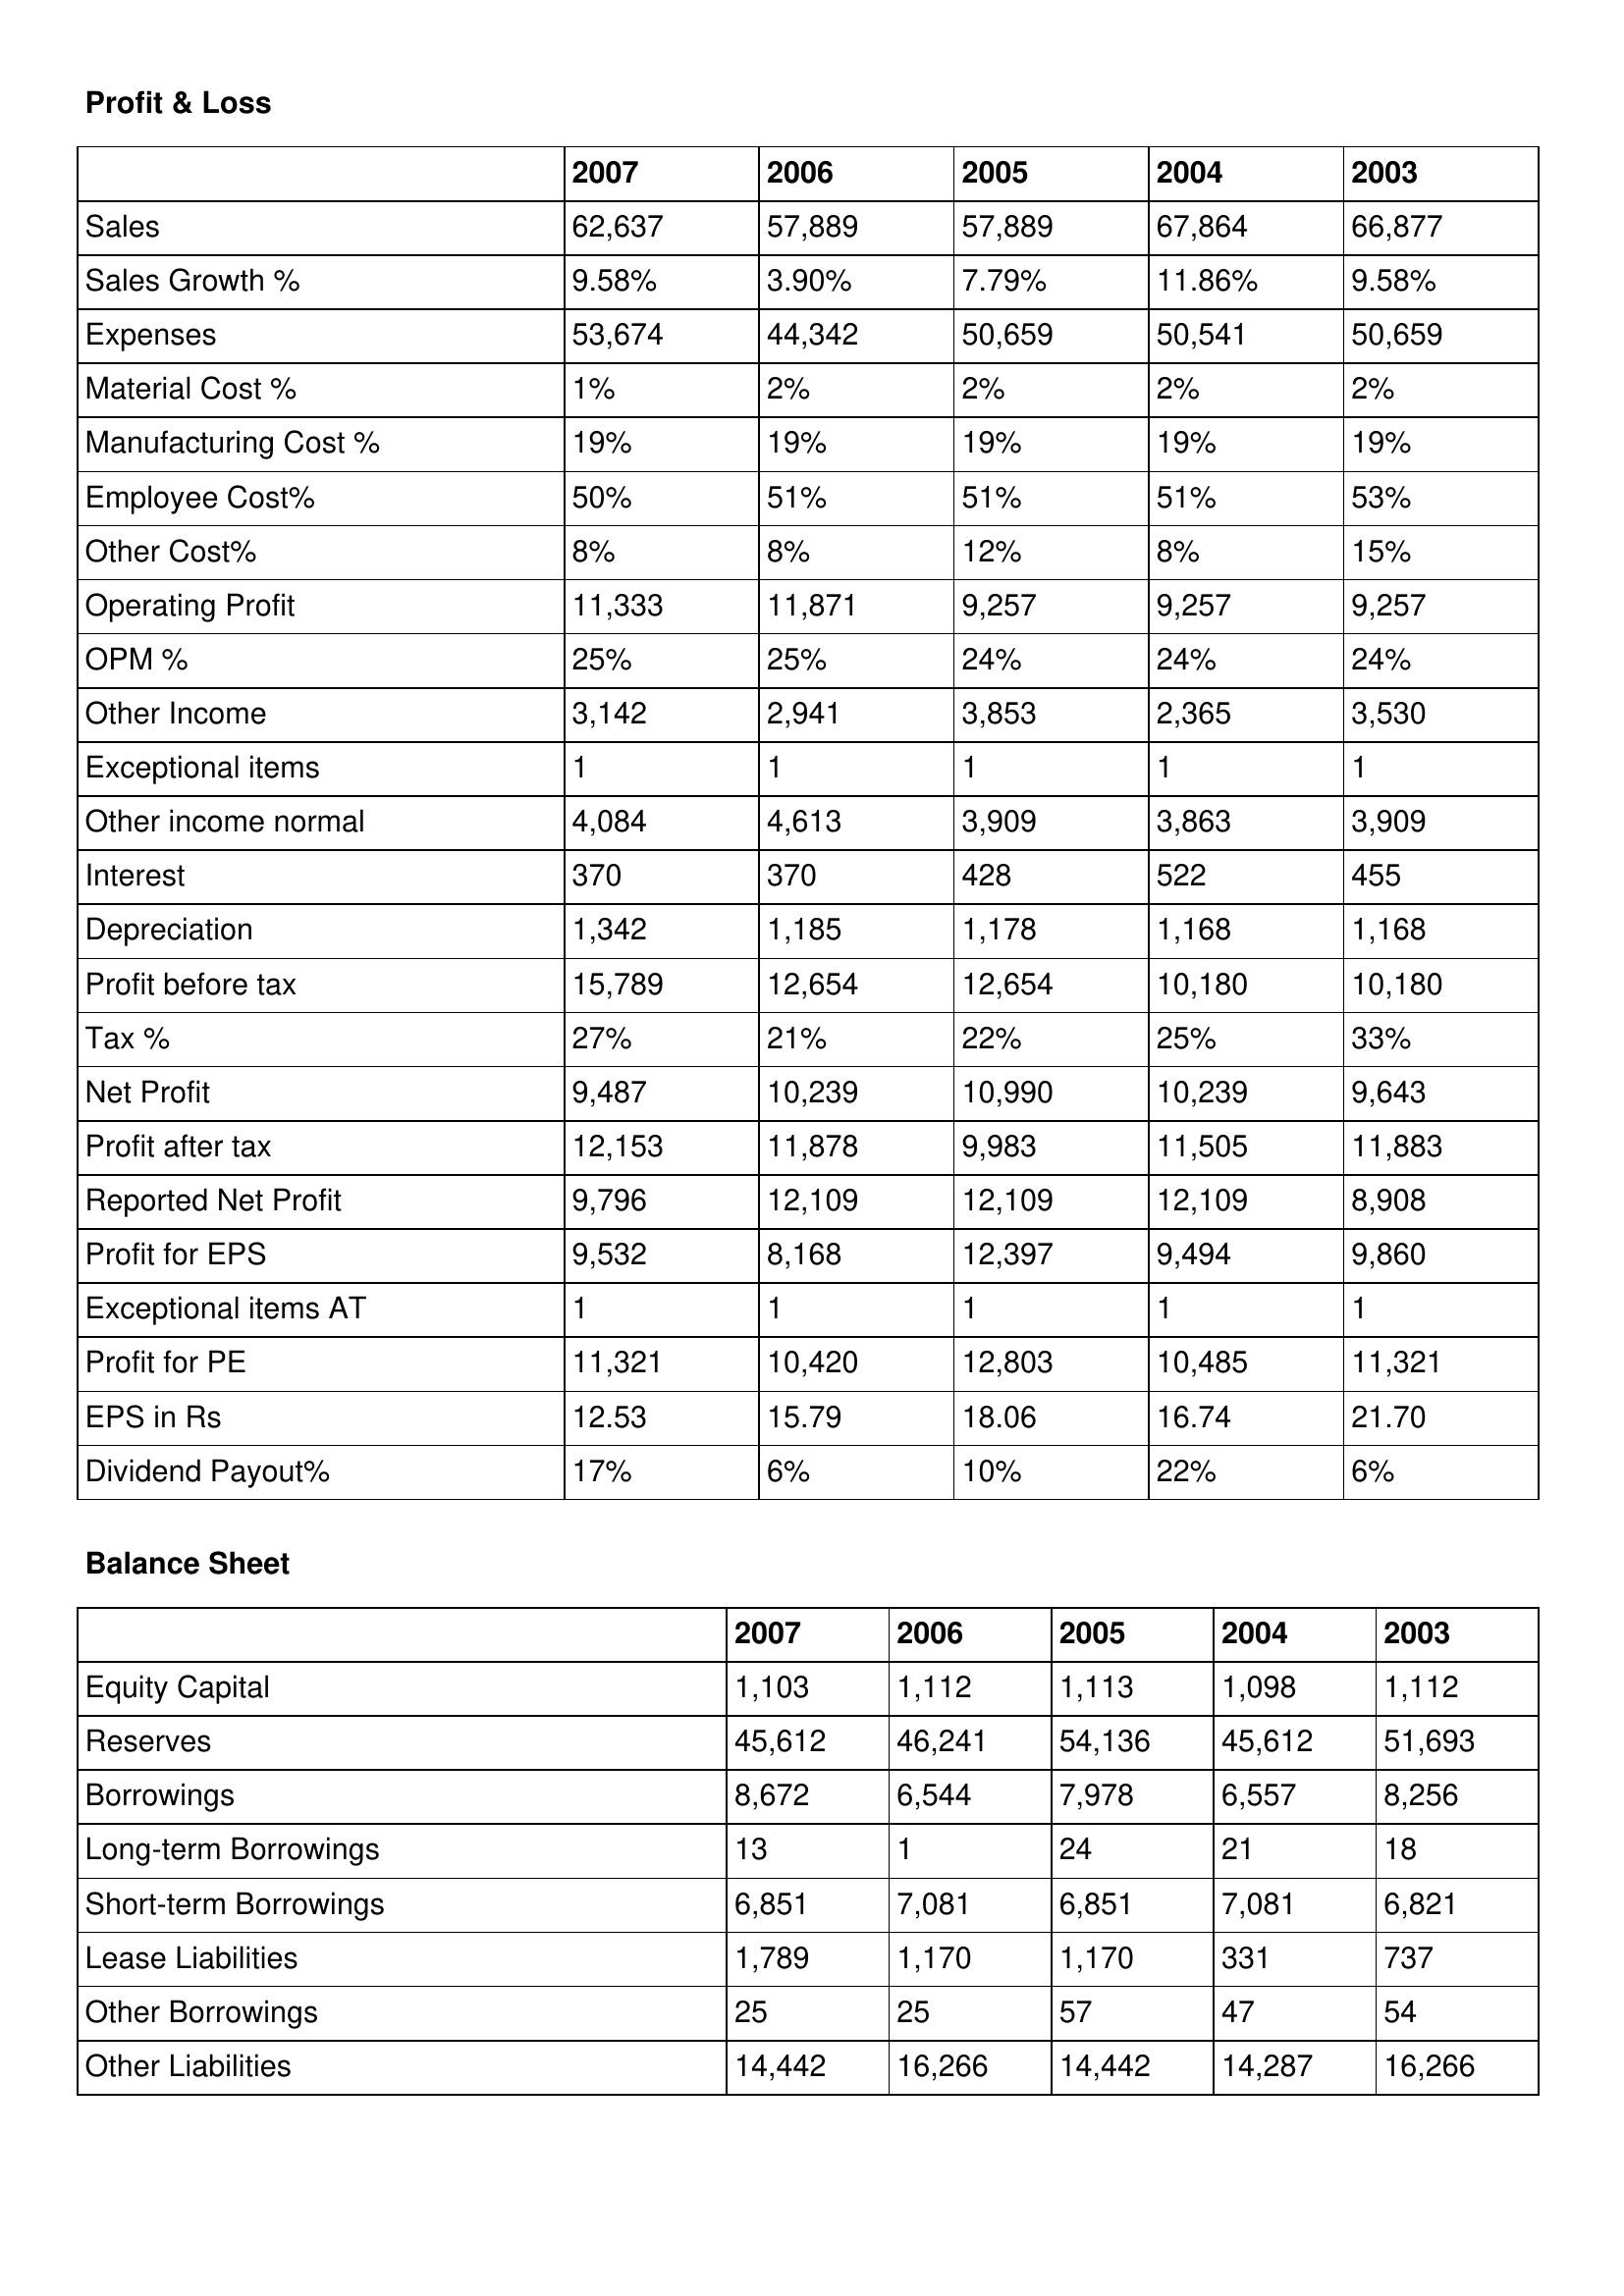
gt_parse: 2007: Profit & Loss: Sales: 62,637
Sales Growth %: 9.58%
Expenses: 53,674
Material Cost %: 1%
Manufacturing Cost %: 19%
Employee Cost%: 50%
Other Cost%: 8%
Operating Profit: 11,333
OPM %: 25%
Other Income: 3,142
Exceptional items: 1
Other income normal: 4,084
Interest: 370
Depreciation: 1,342
Profit before tax: 15,789
Tax %: 27%
Net Profit: 9,487
Profit after tax: 12,153
Reported Net Profit: 9,796
Profit for EPS: 9,532
Exceptional items AT: 1
Profit for PE: 11,321
EPS in Rs: 12.53
Dividend Payout%: 17%
Balance Sheet: Equity Capital: 1,103
Reserves: 45,612
Borrowings: 8,672
Long-term Borrowings: 13
Short-term Borrowings: 6,851
Lease Liabilities: 1,789
Other Borrowings: 25
Other Liabilities: 14,442
2006: Profit & Loss: Sales: 57,889
Sales Growth %: 3.90%
Expenses: 44,342
Material Cost %: 2%
Manufacturing Cost %: 19%
Employee Cost%: 51%
Other Cost%: 8%
Operating Profit: 11,871
OPM %: 25%
Other Income: 2,941
Exceptional items: 1
Other income normal: 4,613
Interest: 370
Depreciation: 1,185
Profit before tax: 12,654
Tax %: 21%
Net Profit: 10,239
Profit after tax: 11,878
Reported Net Profit: 12,109
Profit for EPS: 8,168
Exceptional items AT: 1
Profit for PE: 10,420
EPS in Rs: 15.79
Dividend Payout%: 6%
Balance Sheet: Equity Capital: 1,112
Reserves: 46,241
Borrowings: 6,544
Long-term Borrowings: 1
Short-term Borrowings: 7,081
Lease Liabilities: 1,170
Other Borrowings: 25
Other Liabilities: 16,266
2005: Profit & Loss: Sales: 57,889
Sales Growth %: 7.79%
Expenses: 50,659
Material Cost %: 2%
Manufacturing Cost %: 19%
Employee Cost%: 51%
Other Cost%: 12%
Operating Profit: 9,257
OPM %: 24%
Other Income: 3,853
Exceptional items: 1
Other income normal: 3,909
Interest: 428
Depreciation: 1,178
Profit before tax: 12,654
Tax %: 22%
Net Profit: 10,990
Profit after tax: 9,983
Reported Net Profit: 12,109
Profit for EPS: 12,397
Exceptional items AT: 1
Profit for PE: 12,803
EPS in Rs: 18.06
Dividend Payout%: 10%
Balance Sheet: Equity Capital: 1,113
Reserves: 54,136
Borrowings: 7,978
Long-term Borrowings: 24
Short-term Borrowings: 6,851
Lease Liabilities: 1,170
Other Borrowings: 57
Other Liabilities: 14,442
2004: Profit & Loss: Sales: 67,864
Sales Growth %: 11.86%
Expenses: 50,541
Material Cost %: 2%
Manufacturing Cost %: 19%
Employee Cost%: 51%
Other Cost%: 8%
Operating Profit: 9,257
OPM %: 24%
Other Income: 2,365
Exceptional items: 1
Other income normal: 3,863
Interest: 522
Depreciation: 1,168
Profit before tax: 10,180
Tax %: 25%
Net Profit: 10,239
Profit after tax: 11,505
Reported Net Profit: 12,109
Profit for EPS: 9,494
Exceptional items AT: 1
Profit for PE: 10,485
EPS in Rs: 16.74
Dividend Payout%: 22%
Balance Sheet: Equity Capital: 1,098
Reserves: 45,612
Borrowings: 6,557
Long-term Borrowings: 21
Short-term Borrowings: 7,081
Lease Liabilities: 331
Other Borrowings: 47
Other Liabilities: 14,287
2003: Profit & Loss: Sales: 66,877
Sales Growth %: 9.58%
Expenses: 50,659
Material Cost %: 2%
Manufacturing Cost %: 19%
Employee Cost%: 53%
Other Cost%: 15%
Operating Profit: 9,257
OPM %: 24%
Other Income: 3,530
Exceptional items: 1
Other income normal: 3,909
Interest: 455
Depreciation: 1,168
Profit before tax: 10,180
Tax %: 33%
Net Profit: 9,643
Profit after tax: 11,883
Reported Net Profit: 8,908
Profit for EPS: 9,860
Exceptional items AT: 1
Profit for PE: 11,321
EPS in Rs: 21.70
Dividend Payout%: 6%
Balance Sheet: Equity Capital: 1,112
Reserves: 51,693
Borrowings: 8,256
Long-term Borrowings: 18
Short-term Borrowings: 6,821
Lease Liabilities: 737
Other Borrowings: 54
Other Liabilities: 16,266